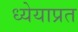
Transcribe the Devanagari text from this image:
ध्येयाप्रत